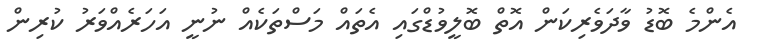
އެންމެ ބޮޑު ވާދަވެރިކަން އޮތް ބޮލީވުޑްގައި އެތައް މަސްތަކެއް ނުނީ އަހަރެއްވަރު ކުރިން